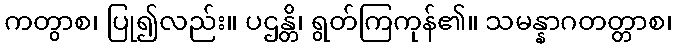
ကတွာစ၊ ပြု၍လည်း။ ပဌန္တိ၊ ရွတ်ကြကုန်၏။ သမန္နာဂတတ္တာစ၊